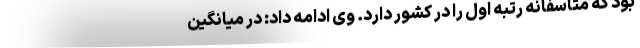
بود که متاسفانه رتبه اول را در کشور دارد. وی ادامه داد: در میانگین